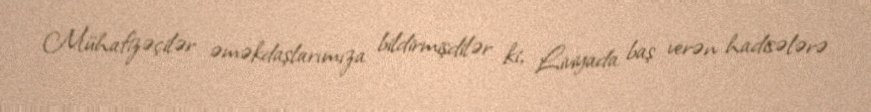
Mühafizəçilər əməkdaşlarımıza bildirmişdilər ki, Liviyada baş verən hadisələrə